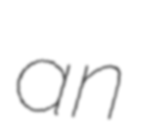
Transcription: an